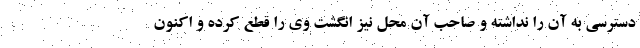
دسترسی به آن را نداشته و صاحب آن محل نیز انگشت وی را قطع کرده و اکنون